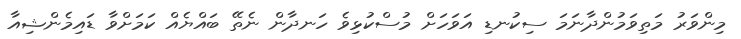
މިންވަރު މަތިވަމުންދާނަމަ ސިކުނޑި އަވަހަށް މުސްކުޅިވެ ހަނދާން ނެތޭ ބައްޔެއް ކަމަށްވާ ޑައިމެންޝިއާ